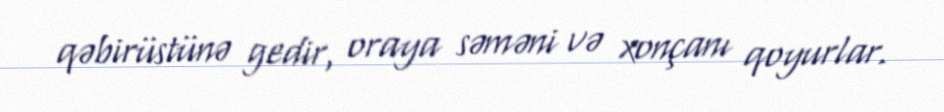
qəbirüstünə gedir, oraya səməni və xonçanı qoyurlar.